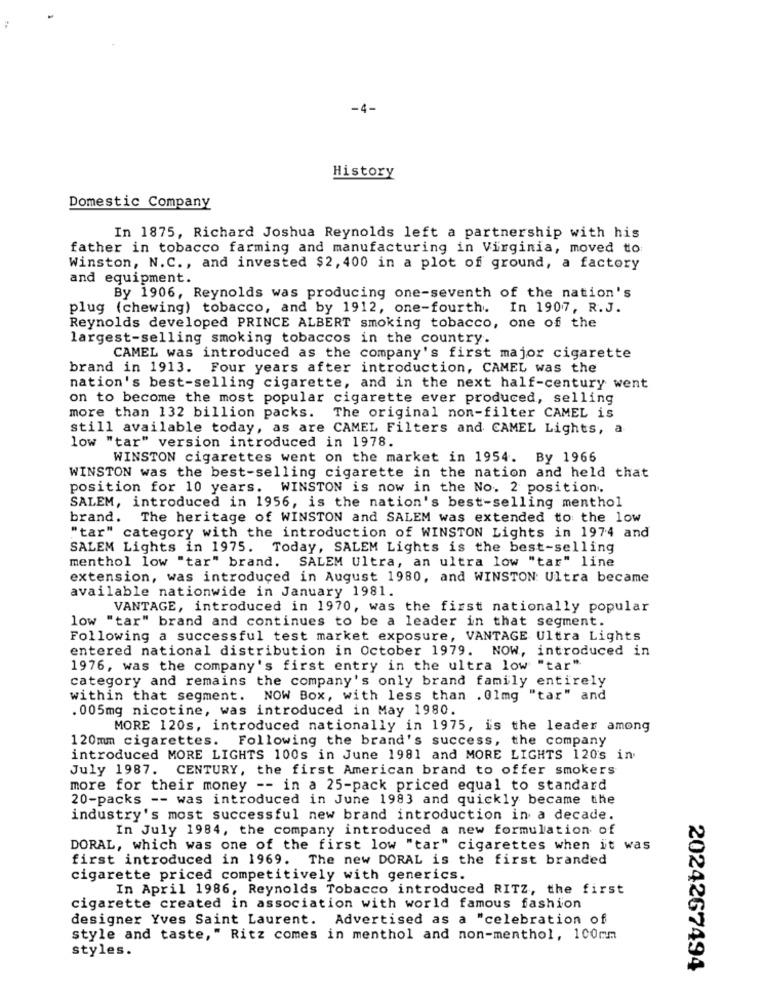
-4-
History
Domestic Company
In 1875, Richard Joshua Reynolds left a partnership with his
father in tobacco farming and manufacturing in Virginia, moved to
Winston, N.C ., and invested $2, 400 in a plot of ground, a factory
and equipment.
By 1906, Reynolds was producing one-seventh of the nation's
plug (chewing) tobacco, and by 1912, one-fourth. In 1907, R.J.
Reynolds developed PRINCE ALBERT smoking tobacco, one of the
largest-selling smoking tobaccos in the country.
CAMEL was introduced as the company's first major cigarette
brand in 1913. Four years after introduction, CAMEL was the
nation's best-selling cigarette, and in the next half-century went
on to become the most popular cigarette ever produced, selling
more than 132 billion packs.
The original non-filter CAMEL is
still available today, as are CAMEL Filters and CAMEL Lights, a
low "tar" version introduced in 1978.
WINSTON cigarettes went on the market in 1954. By 1966
WINSTON was the best-selling cigarette in the nation and held that
position for 10 years. WINSTON is now in the No. 2 position.
SALEM, introduced in 1956, is the nation's best-selling menthol
brand. The heritage of WINSTON and SALEM was extended to the low
"tar" category with the introduction of WINSTON Lights in 1974 and
SALEM Lights in 1975. Today, SALEM Lights is the best-selling
menthol low "tar" brand. SALEM Ultra, an ultra low "tar" line
extension, was introduced in August 1980, and WINSTON: Ultra became
available nationwide in January 1981.
VANTAGE, introduced in 1970, was the first nationally popular
low "tar" brand and continues to be a leader in that segment.
Following a successful test market exposure, VANTAGE Ultra Lights
entered national distribution in October 1979. NOW, introduced in
1976, was the company's first entry in the ultra low "tar"
category and remains the company's only brand family entirely
within that segment. NOW Box, with less than . 0lmg "tar" and
. 005mg nicotine, was introduced in May 1980.
MORE 120s, introduced nationally in 1975, is the leader among
120mm cigarettes. Following the brand's success, the company
introduced MORE LIGHTS 100s in June 1981 and MORE LIGHTS 120's in.
July 1987. CENTURY, the first American brand to offer smokers
more for their money -- in a 25-pack priced equal to standard
20-packs -- was introduced in June 1983 and quickly became the
industry's most successful new brand introduction in a decade.
In July 1984, the company introduced a new formulation of
DORAL, which was one of the first low "tar" cigarettes when it was
first introduced in 1969. The new DORAL is the first branded
cigarette priced competitively with generics.
In April 1986, Reynolds Tobacco introduced RITZ, the first
cigarette created in association with world famous fashion
designer Yves Saint Laurent. Advertised as a "celebration of
style and taste," Ritz comes in menthol and non-menthol, 100mm
styles.
2024267494